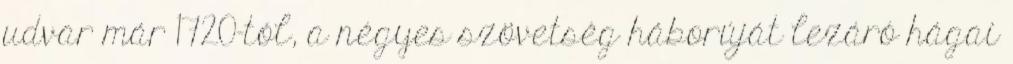
udvar már 1720-tól, a négyes szövetség háborúját lezáró hágai